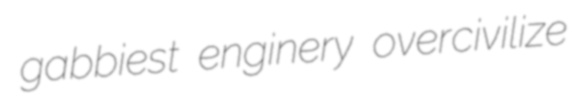
gabbiest enginery overcivilize